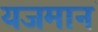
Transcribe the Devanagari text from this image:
यजमानं